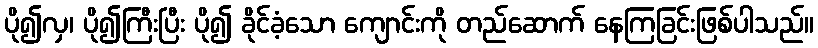
ပို၍လှ၊ ပို၍ကြီးပြီး ပို၍ ခိုင်ခံ့သော ကျောင်းကို တည်ဆောက် နေကြခြင်းဖြစ်ပါသည်။